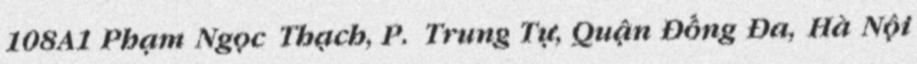
108A1 Phạm Ngọc Thạch, P. Trung Tự, Quận Đống Đa, Hà Nội